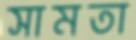
সামতা